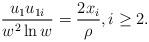
LaTeX: \begin{align*}\frac{u_1 u_{1i}}{w^2 \ln w} = \frac{2 x_i}{\rho} , i \geq 2 .\end{align*}